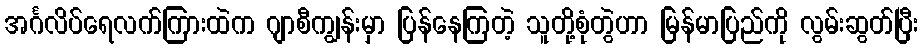
အင်္ဂလိပ်ရေလက်ကြားထဲက ဂျာစီကျွန်းမှာ ပြန်နေကြတဲ့ သူတို့စုံတွဲဟာ မြန်မာပြည်ကို လွမ်းဆွတ်ပြီး